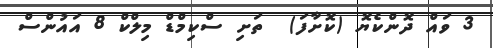
3 ވައް ދޮންކެޔޮ (ކޮށާފަ)  ތަށި ސްކިމްޑް މިލްކް 8 އައުންސް